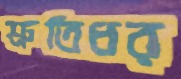
শ্রুতিধর